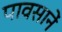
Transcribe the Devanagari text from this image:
पावसानें